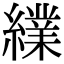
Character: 䌜